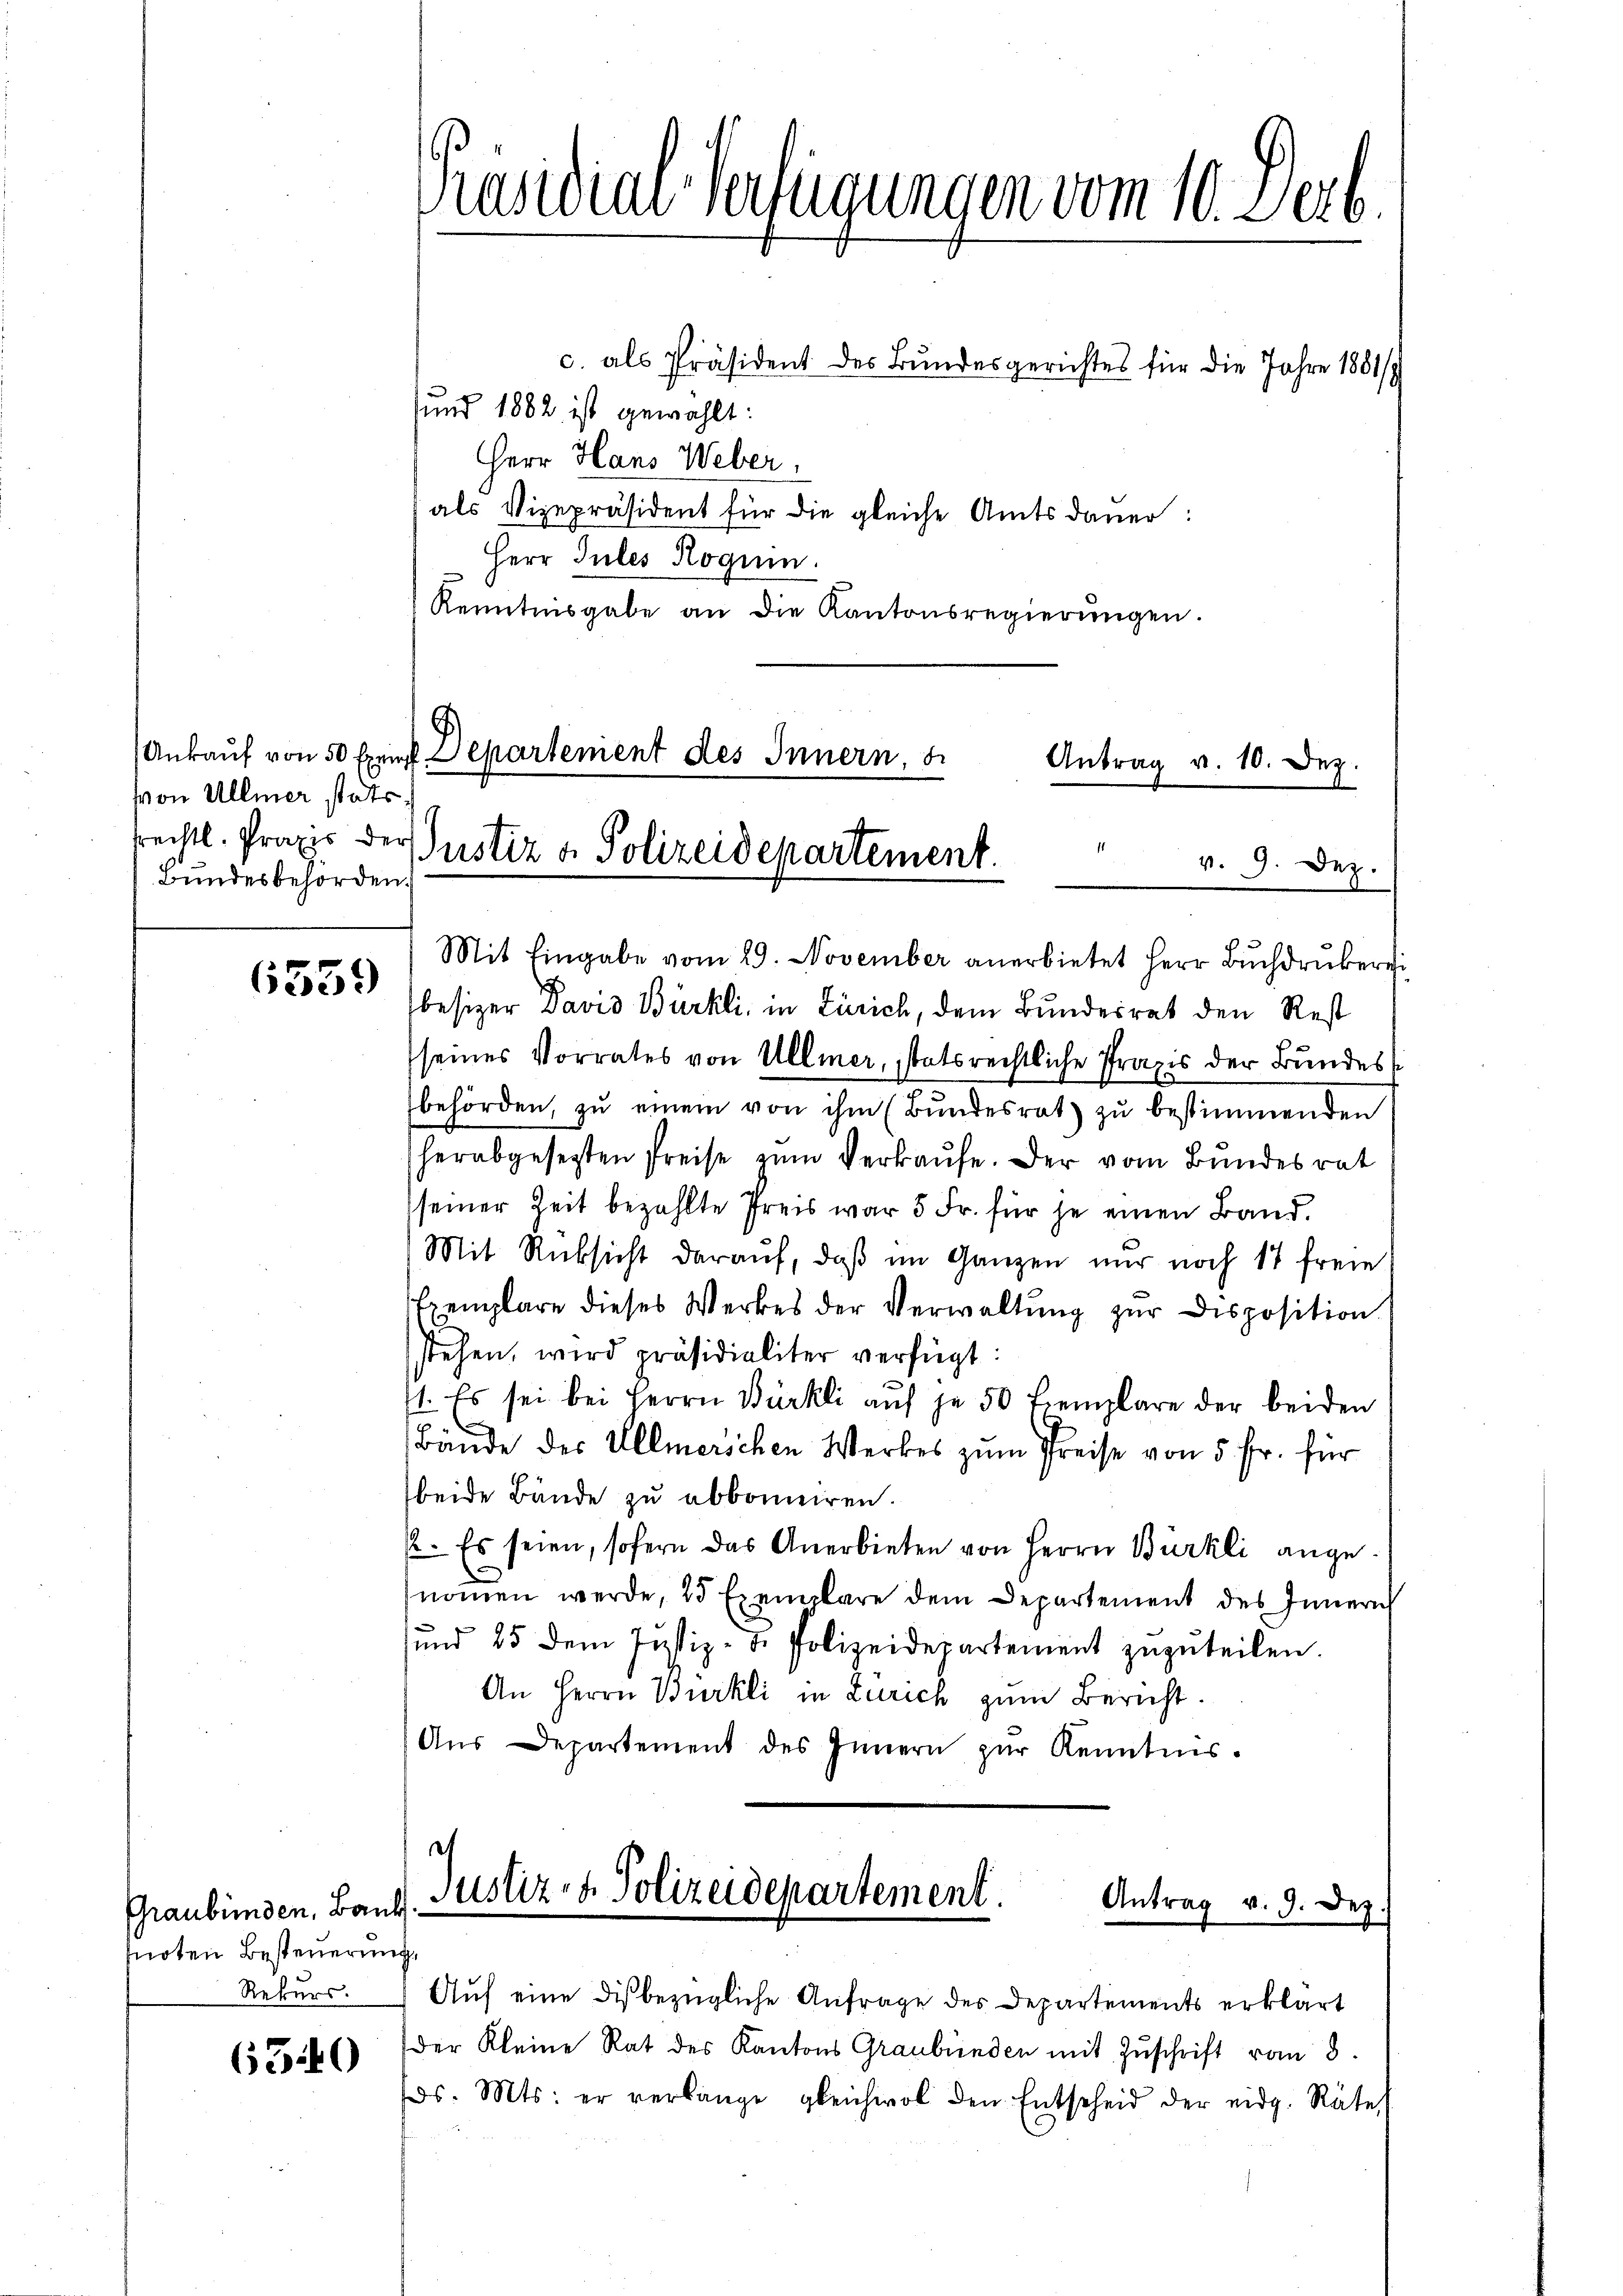
von Ullmer stats
frechtl. Praxis der
Bundesbehörden.

6359

Graubünden, Bauk
snoten Besteuerung,
Rekurs.

650

Präsidial-Verfügungen vom 10. Derb.

Ankauf von 50 Exenst Departement des Innern,
Antrag v. 10. Dez.
Justiz & Polizeidepartement
 v. 9. Dez.

c. als Präsident des Bundesgerichtes für die Jahre 1881/
und 1882 ist gewählt:
Herr Hans Weber,
als Vizepräsident für die gleiche Amtsdauer:
Herr Jules Roguin
Kenntnisgabe an die Kantonsregierŭngen.

Mit Eingabe vom 29. November anerbietet Herr Bŭchdrukeri
besizer David Bürkli, in Zürich, dem Bundesrat den Rest
seines Vorrates von Ullmer, statsrechtliche Praxis der Bundesbehörden, zŭ einem von ihm (Bŭndesrat zŭ bestimmenden
herabgesetzten Preise zum Verkaufe. Der vom Bundesrat
seiner Zeit bezahlte Preis war 5 Fr. für je einen Band.
Mit Rücksicht daraŭf, daß im Ganzen nur noch 17 freie
Exemplare dieses Werkes der Verwaltung zur Disposition
stehen, wird präsidialiter verfügt:
1. Es sei bei Herrn Bürkli auf je 50 Exemplare der beiden
.
Bande des Ullmerschen Werkes zum Preise von 5 Fr. für
beide Bände zu abbonniren.
/2. Es seien, sofern das Anerbieten von Herrn Bürkli angenommen werde, 25 Exemplare dem Departement des Innern
sund 25 dem Justiz- & Polizeidepartement zŭzŭteilen.
An Herrn Bürkli in Zürich zum Bericht.
Aŭs Departement des Innern zŭr Kenntnis.

c
Justiz- & Polizeidepartement.
Antrag v. 9. Dez

Auf eine dis bezügliche Anfrage des Departements erklärt
Der Kleine Rat des Kantons Graubünden mit Zuschrift vom 8.
ds. Mts. er verlange gleichwol den Entscheid der eidg. Räte